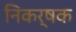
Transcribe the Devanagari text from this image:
निकर्षक